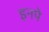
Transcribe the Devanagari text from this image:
इनपे